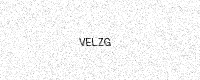
Text: VELZG